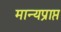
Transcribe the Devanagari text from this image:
मान्यप्राप्त